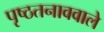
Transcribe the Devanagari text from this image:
पृष्ठतनाववाले